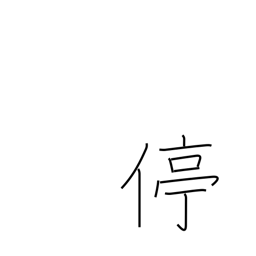
Meaning: halt